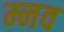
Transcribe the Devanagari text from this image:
म्नव